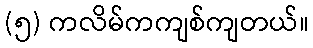
(၅) ကလိမ်ကကျစ်ကျတယ်။